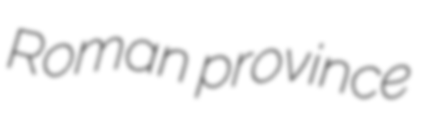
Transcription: Roman province